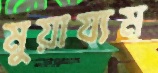
মুয়ায্যম